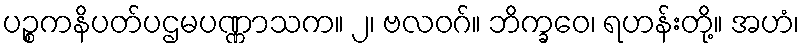
ပဉ္စကနိပတ်ပဌမပဏ္ဏာသက။ ၂၊ ဗလဝဂ်။ ဘိက္ခဝေ၊ ရဟန်းတို့။ အဟံ၊